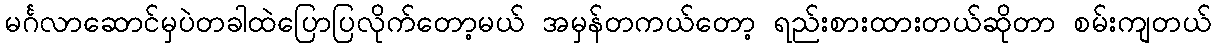
မင်္ဂလာဆောင်မှပဲတခါထဲပြောပြလိုက်တော့မယ် အမှန်တကယ်တော့ ရည်းစားထားတယ်ဆိုတာ စမ်းကျတယ်